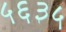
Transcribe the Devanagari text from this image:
५६३५